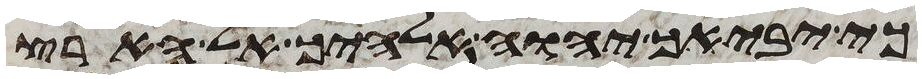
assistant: כי יביאך יהוה אלהיך אל הארץ